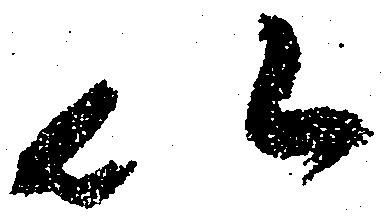
以